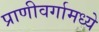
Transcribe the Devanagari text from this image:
प्राणीवर्गामध्ये